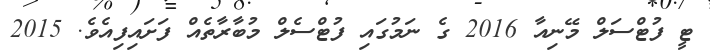
ޓީ ފުޓްސަލް މޭނިއާ 2016 ގެ ނަމުގައި ފުޓްސެލް މުބާރާތެއް ފަށައިފިއެވެ. 2015